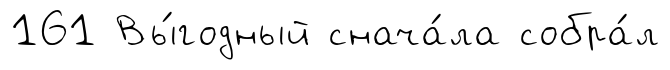
161 Вы́годный снача́ла собра́л